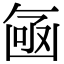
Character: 𠚗